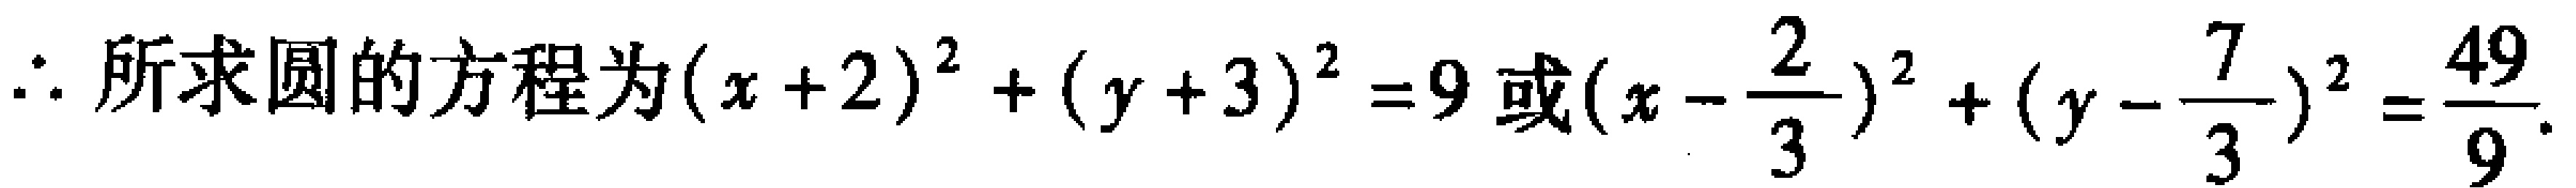
\(\therefore\)所求圆的方程为\((x + 2)^{2}+(y + 3)^{2}=9\)或\((x - \frac{2}{3})^{2}+(y - \frac{7}{3})^{2}=\frac{49}{9}\).